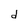
Character: d